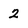
Character: 2